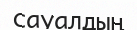
сауалдың